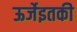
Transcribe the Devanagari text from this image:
ऊर्जेइतकी